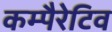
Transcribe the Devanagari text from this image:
कम्पैरेटिव